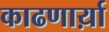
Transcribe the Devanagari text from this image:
काढणार्य़ा